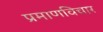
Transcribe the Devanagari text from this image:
प्रमाणविचार